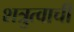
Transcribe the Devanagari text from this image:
शत्रुत्वाची